Vabadussoja_Ajaloo_Komitee, lk 21
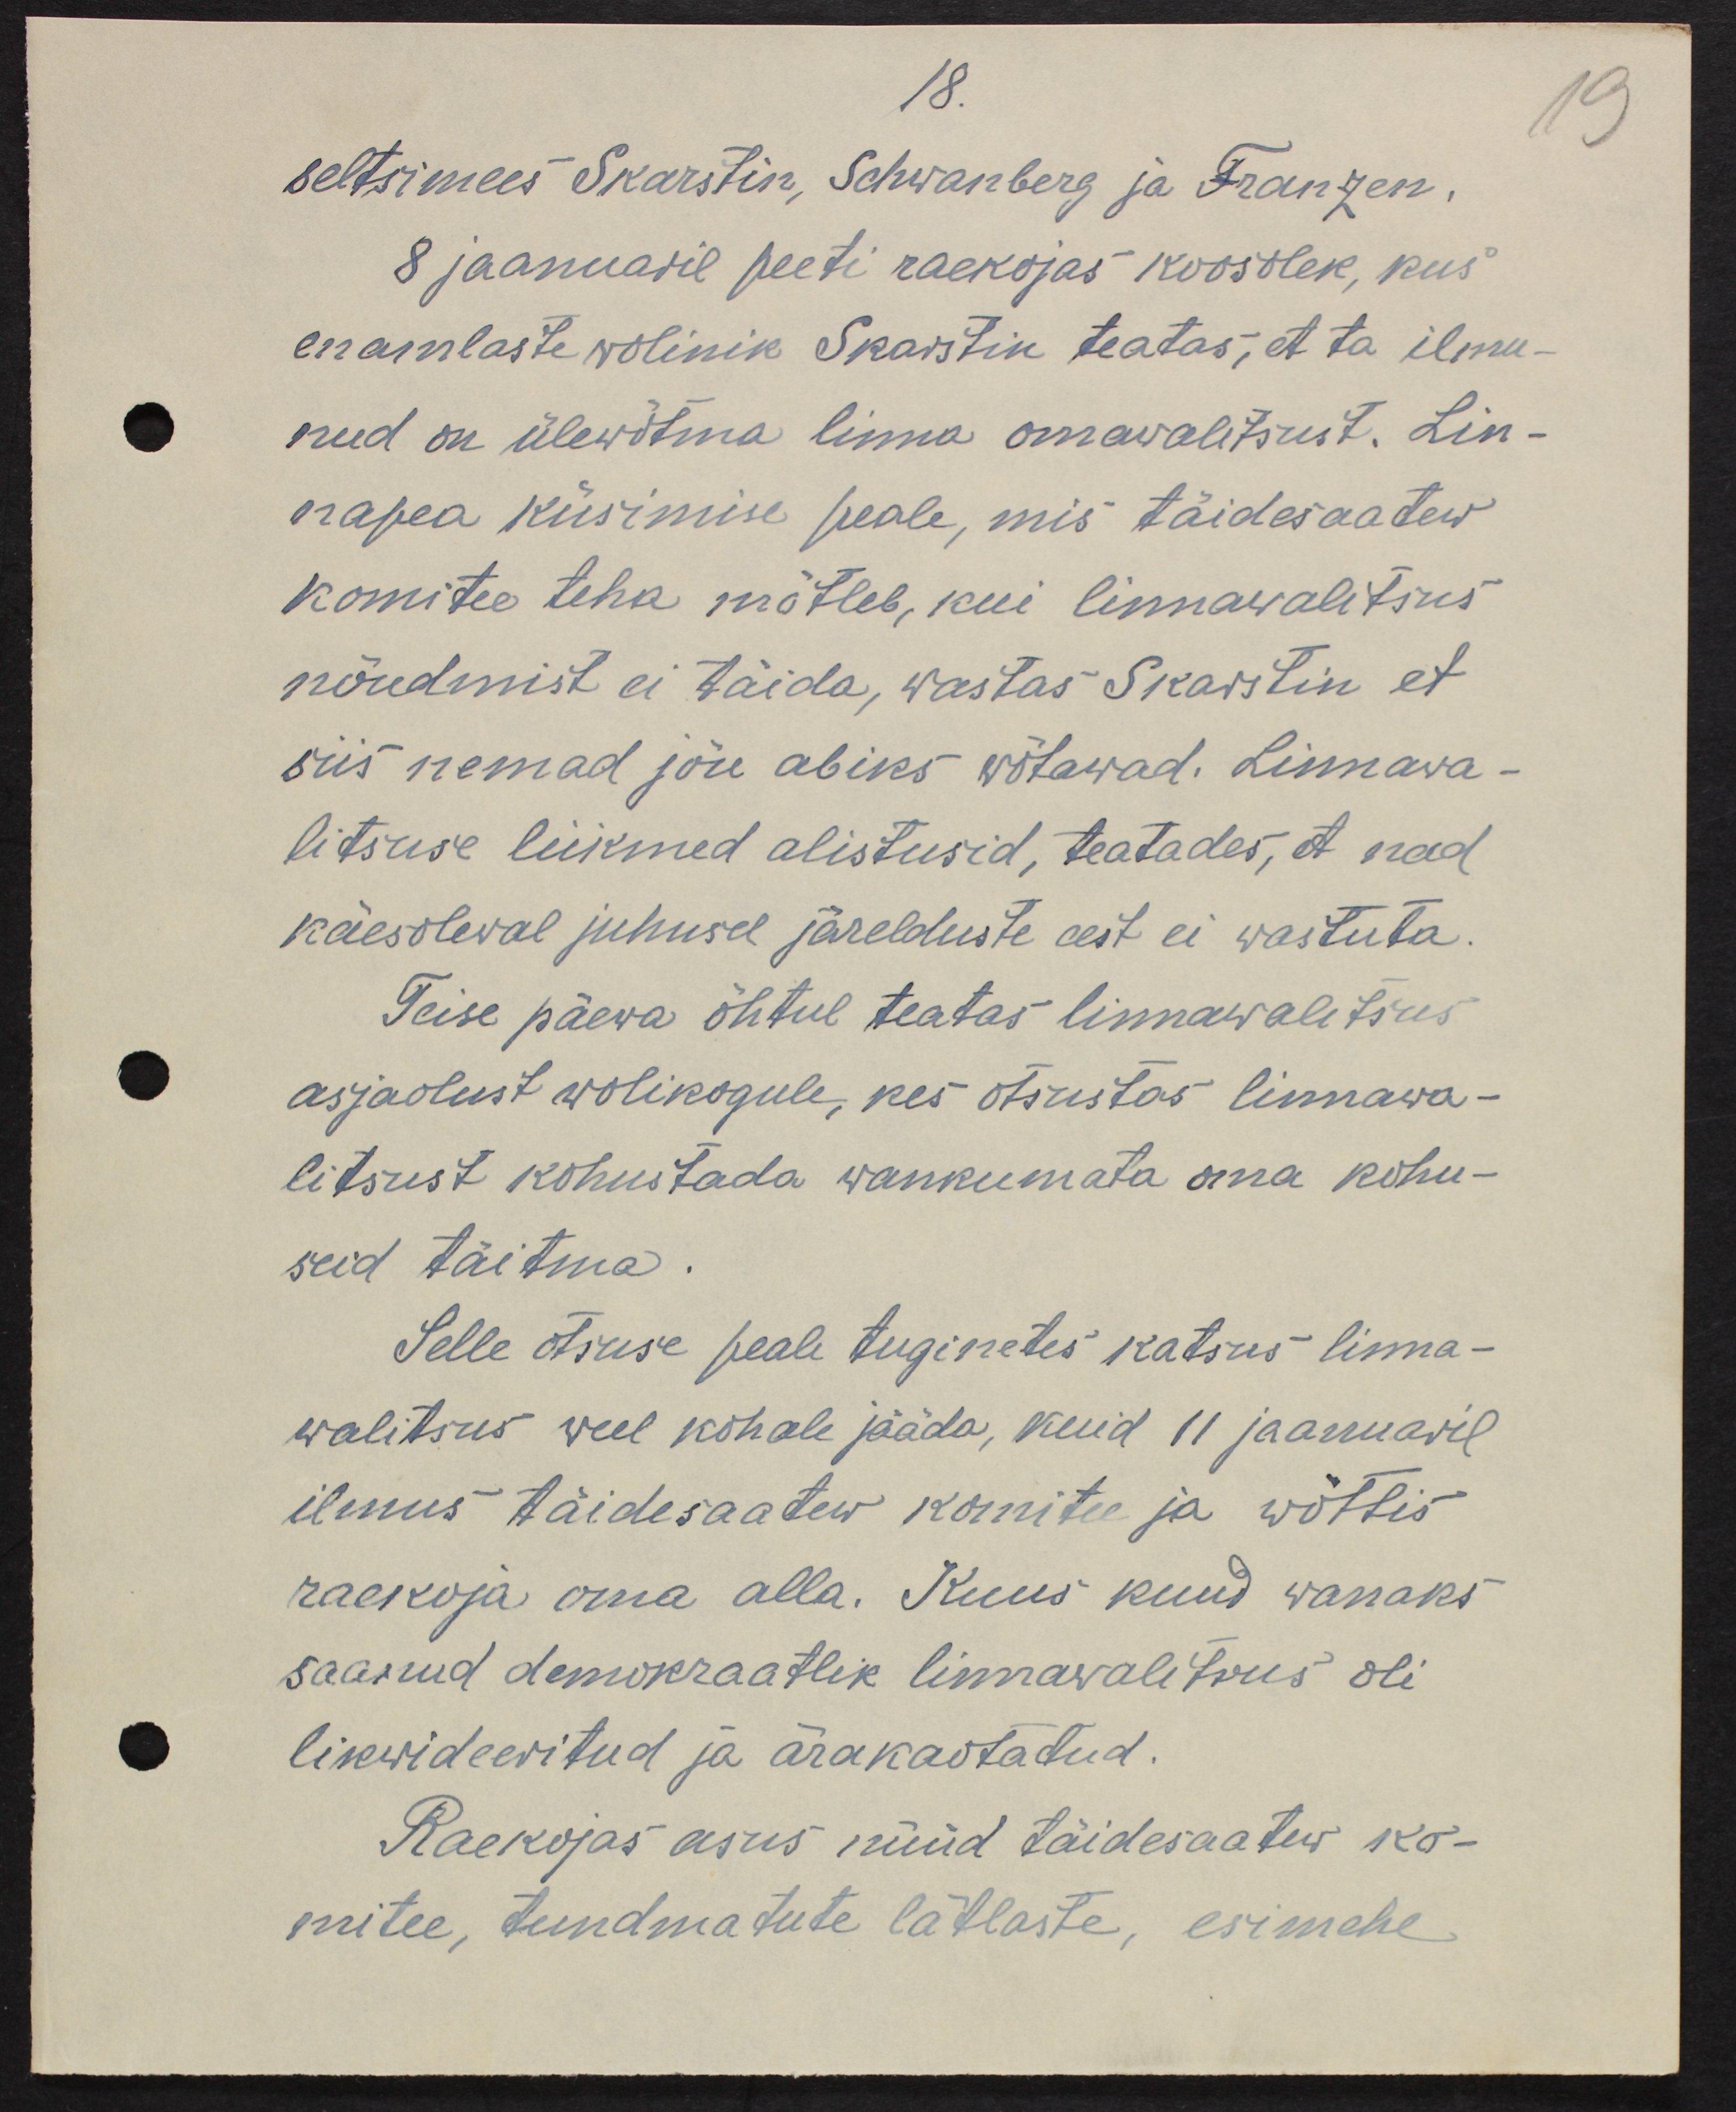
18.
seltsimees Skarstin, Schwanberg ja Franzen.
8 jaanuaril peeti raekojas koosolek, kus
enamlaste volinik Skarstin teatas, et ta ilmu-
nud on ülewõtma linna omawalitsust. Lin-
napea küsimise peale, mis täidesaatew
komitee teha mõtleb, kui linnawalitsus
nõudmist ei täida, wastas Skarstin et
siis nemad jõu abiks võtawad. Linnawa-
litsuse liikmed alistusid, teatades, et nad 
käesoleval juhusel järelduste eest ei wastuta.
Teise päewa õhtul teatas linnawalitsus
asjaolust wolikogule, kes otsustas linnawa-
litsust kohustada wankumata oma kohu-
seid täitma.
Selle otsuse peale tuginetes katses linna-
walitsus weel kohale jääda, kuid 11 jaanuaril
ilmus täidesaatew komitee ja wõttis
raekoja oma alla. Kuus kuud wanaks
saanud demokraatlik linnawalitsus oli
likwideeritud ja ärakaotatud.
Raekojas asus nüüd täidesaatew ko-
mitee, tundmatute lätlaste, esimehe